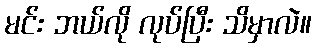
မင်း ဘယ်လို လုပ်ပြီး သိမှာလဲ။